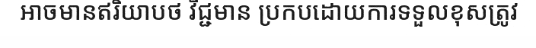
អាចមានឥរិយាបថ វិជ្ជមាន ប្រកបដោយការទទួលខុសត្រូវ